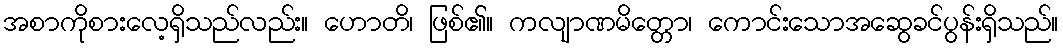
အစာကိုစားလေ့ရှိသည်လည်း။ ဟောတိ၊ ဖြစ်၏။ ကလျာဏမိတ္တော၊ ကောင်းသောအဆွေခင်ပွန်းရှိသည်။